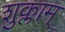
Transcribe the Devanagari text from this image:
शुक्लाम्